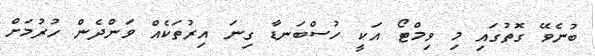
ބުނެވޭ ގޮތުގައި މި ވިމްޓޯ އަކީ ހުސްބަނޑާ ގިނަ އިރުތަކެއް ވަންދެން ހުރުމަށް